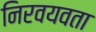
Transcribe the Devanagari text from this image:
निरवयवता